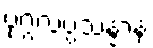
ပုဂ္ဂလပ္ပသန္နာနံ